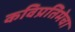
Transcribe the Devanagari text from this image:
कविप्रतिमेचा